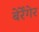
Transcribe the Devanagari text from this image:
बेर्रेंगेर